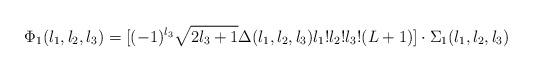
LaTeX: \begin{align*}\Phi_{1}(l_{1},l_{2},l_{3})=[(-1)^{l_{3}}\sqrt{2l_{3}+1}\Delta(l_{1},l_{2},l_{3})l_{1}!l_{2}!l_{3}!(L+1)]\cdot\Sigma_{1}(l_{1},l_{2},l_{3})\end{align*}